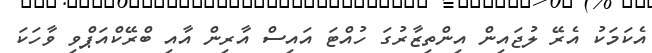
އެކަމަކު އެރޭ ލުޖައިން އިންތިޒާރުގަ ހުއްޓަ އައިސް އާރިން އާއި ބްރޭކްއަޕްވި ވާހަކަ